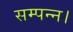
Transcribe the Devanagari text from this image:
सम्पन्न।